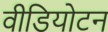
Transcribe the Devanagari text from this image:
वीडियोटन